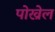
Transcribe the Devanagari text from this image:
पोख्रेल